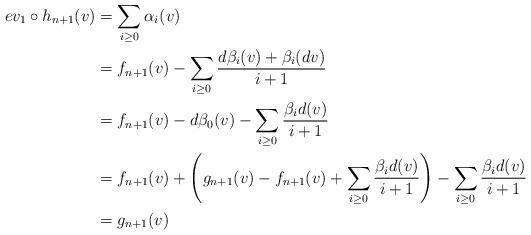
LaTeX: \begin{align*} ev_1\circ h_{n+1}(v)&= \sum_{i\geq 0}\alpha_i(v) \\& = f_{n+1}(v) - \sum_{i\geq 0}\frac{d\beta_i(v)+\beta_i(dv)}{i+1}\\ &= f_{n+1}(v)-d\beta_0(v) -\sum_{i\geq 0}\frac{\beta_id(v)}{i+1}\\ &= f_{n+1}(v) +\left(g_{n+1}(v)-f_{n+1}(v)+\sum_{i\geq 0}\frac{\beta_id(v)}{i+1} \right)-\sum_{i\geq 0}\frac{\beta_id(v)}{i+1}\\ &=g_{n+1}(v) \end{align*}